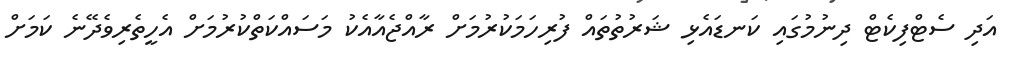
އަދި ސެޓްފިކެޓް ދިނުމުގައި ކަނޑައެޅި ޝަރުތުތައް ފުރިހަމަކުރުމަށް ރާއްޖެއާއެކު މަސައްކަތްކުރުމަށް އެހީތެރިވެދޭނެ ކަމަށް